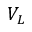
V _ { L }